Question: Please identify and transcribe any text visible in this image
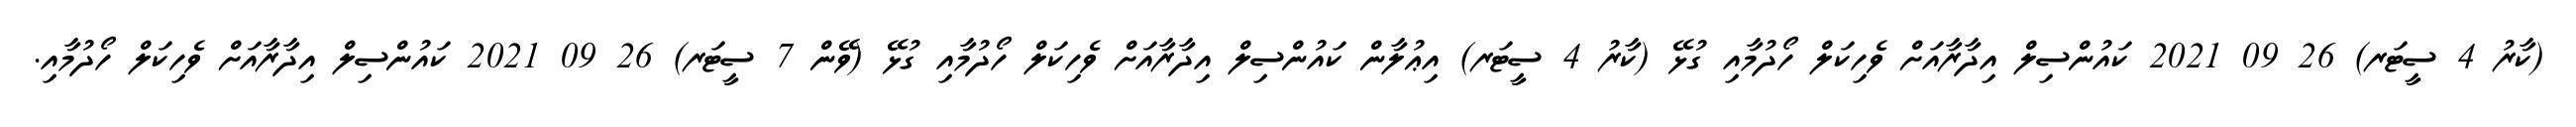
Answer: (ކާރު 4 ސީޓަރ) 26 09 2021 ކައުންސިލް އިދާރާއަށް ވެހިކަލް ހޯދުމާއި ގުޅޭ (ކާރު 4 ސީޓަރ) އިޢުލާން ކައުންސިލް އިދާރާއަށް ވެހިކަލް ހޯދުމާއި ގުޅޭ (ވޭން 7 ސީޓަރ) 26 09 2021 ކައުންސިލް އިދާރާއަށް ވެހިކަލް ހޯދުމާއި.